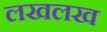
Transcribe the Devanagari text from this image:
लखलख